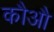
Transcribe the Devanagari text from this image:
कौऔ